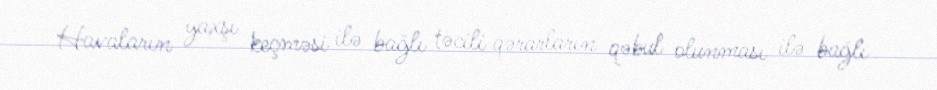
Havaların yaxşı keçməsi ilə bağlı təcili qərarların qəbul olunması ilə bağlı